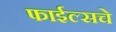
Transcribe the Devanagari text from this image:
फाईल्सचे